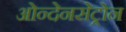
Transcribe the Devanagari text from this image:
ओन्देनसेट्रोन